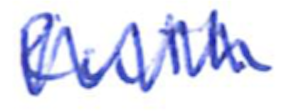
Text: Ruth
Cross-out: zig-zag
Writing tool: ballpoint